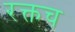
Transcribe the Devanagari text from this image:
रक्तच